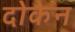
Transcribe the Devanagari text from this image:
दोकेन